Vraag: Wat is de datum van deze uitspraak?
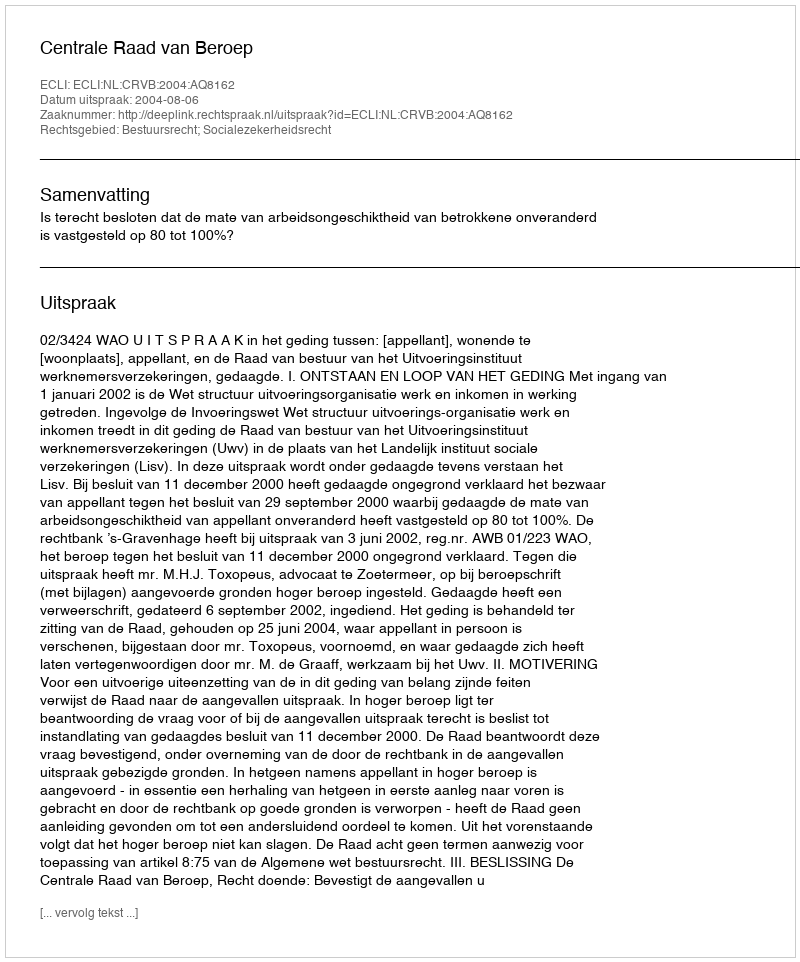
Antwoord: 2004-08-06